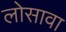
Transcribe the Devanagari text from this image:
लोसावा